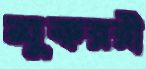
মুকররী